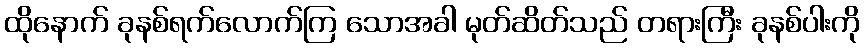
ထိုနောက် ခုနစ်ရက်လောက်ကြ သောအခါ မုတ်ဆိတ်သည် တရားကြီး ခုနစ်ပါးကို